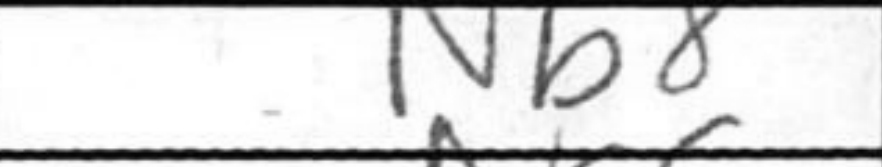
Transcription: Nb8